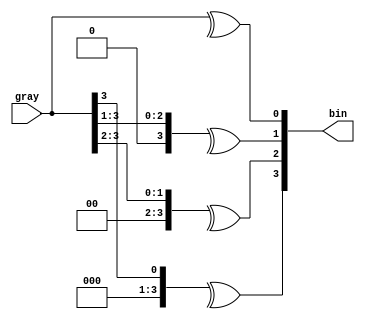
module gray2bin#(
    parameter DATA_WIDTH = 4
)(
    input       [DATA_WIDTH-1:0] gray,
    output reg  [DATA_WIDTH-1:0] bin
);

integer i;
always @(*) begin : proc_gray2bin
    for(i = 0; i < DATA_WIDTH; i = i + 1)
        bin[i] = ^(gray>>i);
end


endmodule